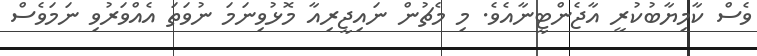
ވެސް ކާމިޔާބުކުރީ އާޖެންޓީނާއެވެ. މި މެޗުން ނައިޖީރިއާ މޮޅުވިނަމަ ނުވަތަ އެއްވަރުވި ނަމަވެސް